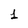
Character: 1